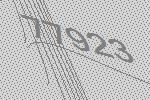
77923